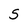
Character: S